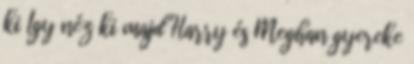
ki Így néz ki majd Harry és Meghan gyereke